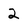
Character: 2